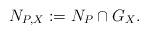
LaTeX: \begin{align*}N_{P,X} := N_P \cap G_X.\end{align*}